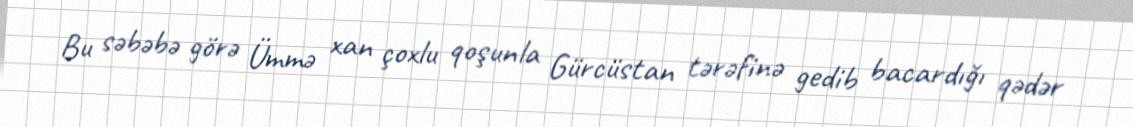
Bu səbəbə görə Ümmə xan çoxlu qoşunla Gürcüstan tərəfinə gedib bacardığı qədər